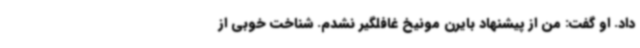
داد. او گفت: من از پیشنهاد بایرن مونیخ غافلگیر نشدم. شناخت خوبی از